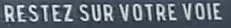
RESTEZ SUR VOTRE VOIE